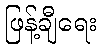
ဖြန့်ချီရေး